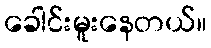
ခေါင်းမူးနေတယ်။